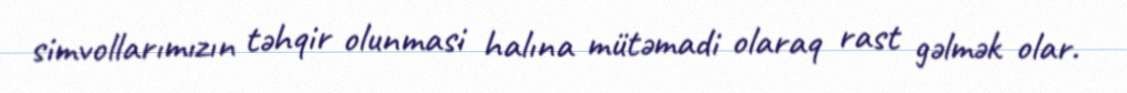
simvollarımızın təhqir olunmasi halına mütəmadi olaraq rast gəlmək olar.